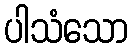
ပါသံသော